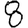
Digit: 8